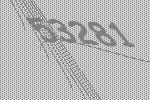
53281